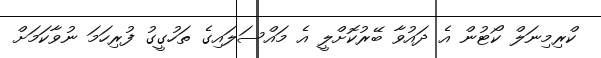
ކްރިމިނަލް ކޯޓުން އެ ދައުވާ ބޭރުކޮށްލީ އެ މައްސަލައިގެ ތަހުގީގު ފުރިހަމަ ނުވާކަމަށް